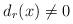
LaTeX: \begin{align*} d_r(x)\not=0 \end{align*}